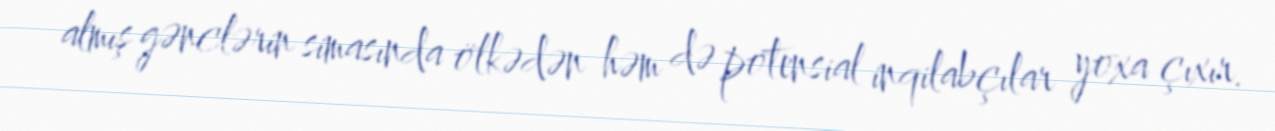
almış gənclərin simasında ölkədən həm də potensial inqilabçılar yoxa çıxır.